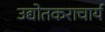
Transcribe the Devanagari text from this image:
उद्योतकराचार्य